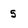
Character: 5